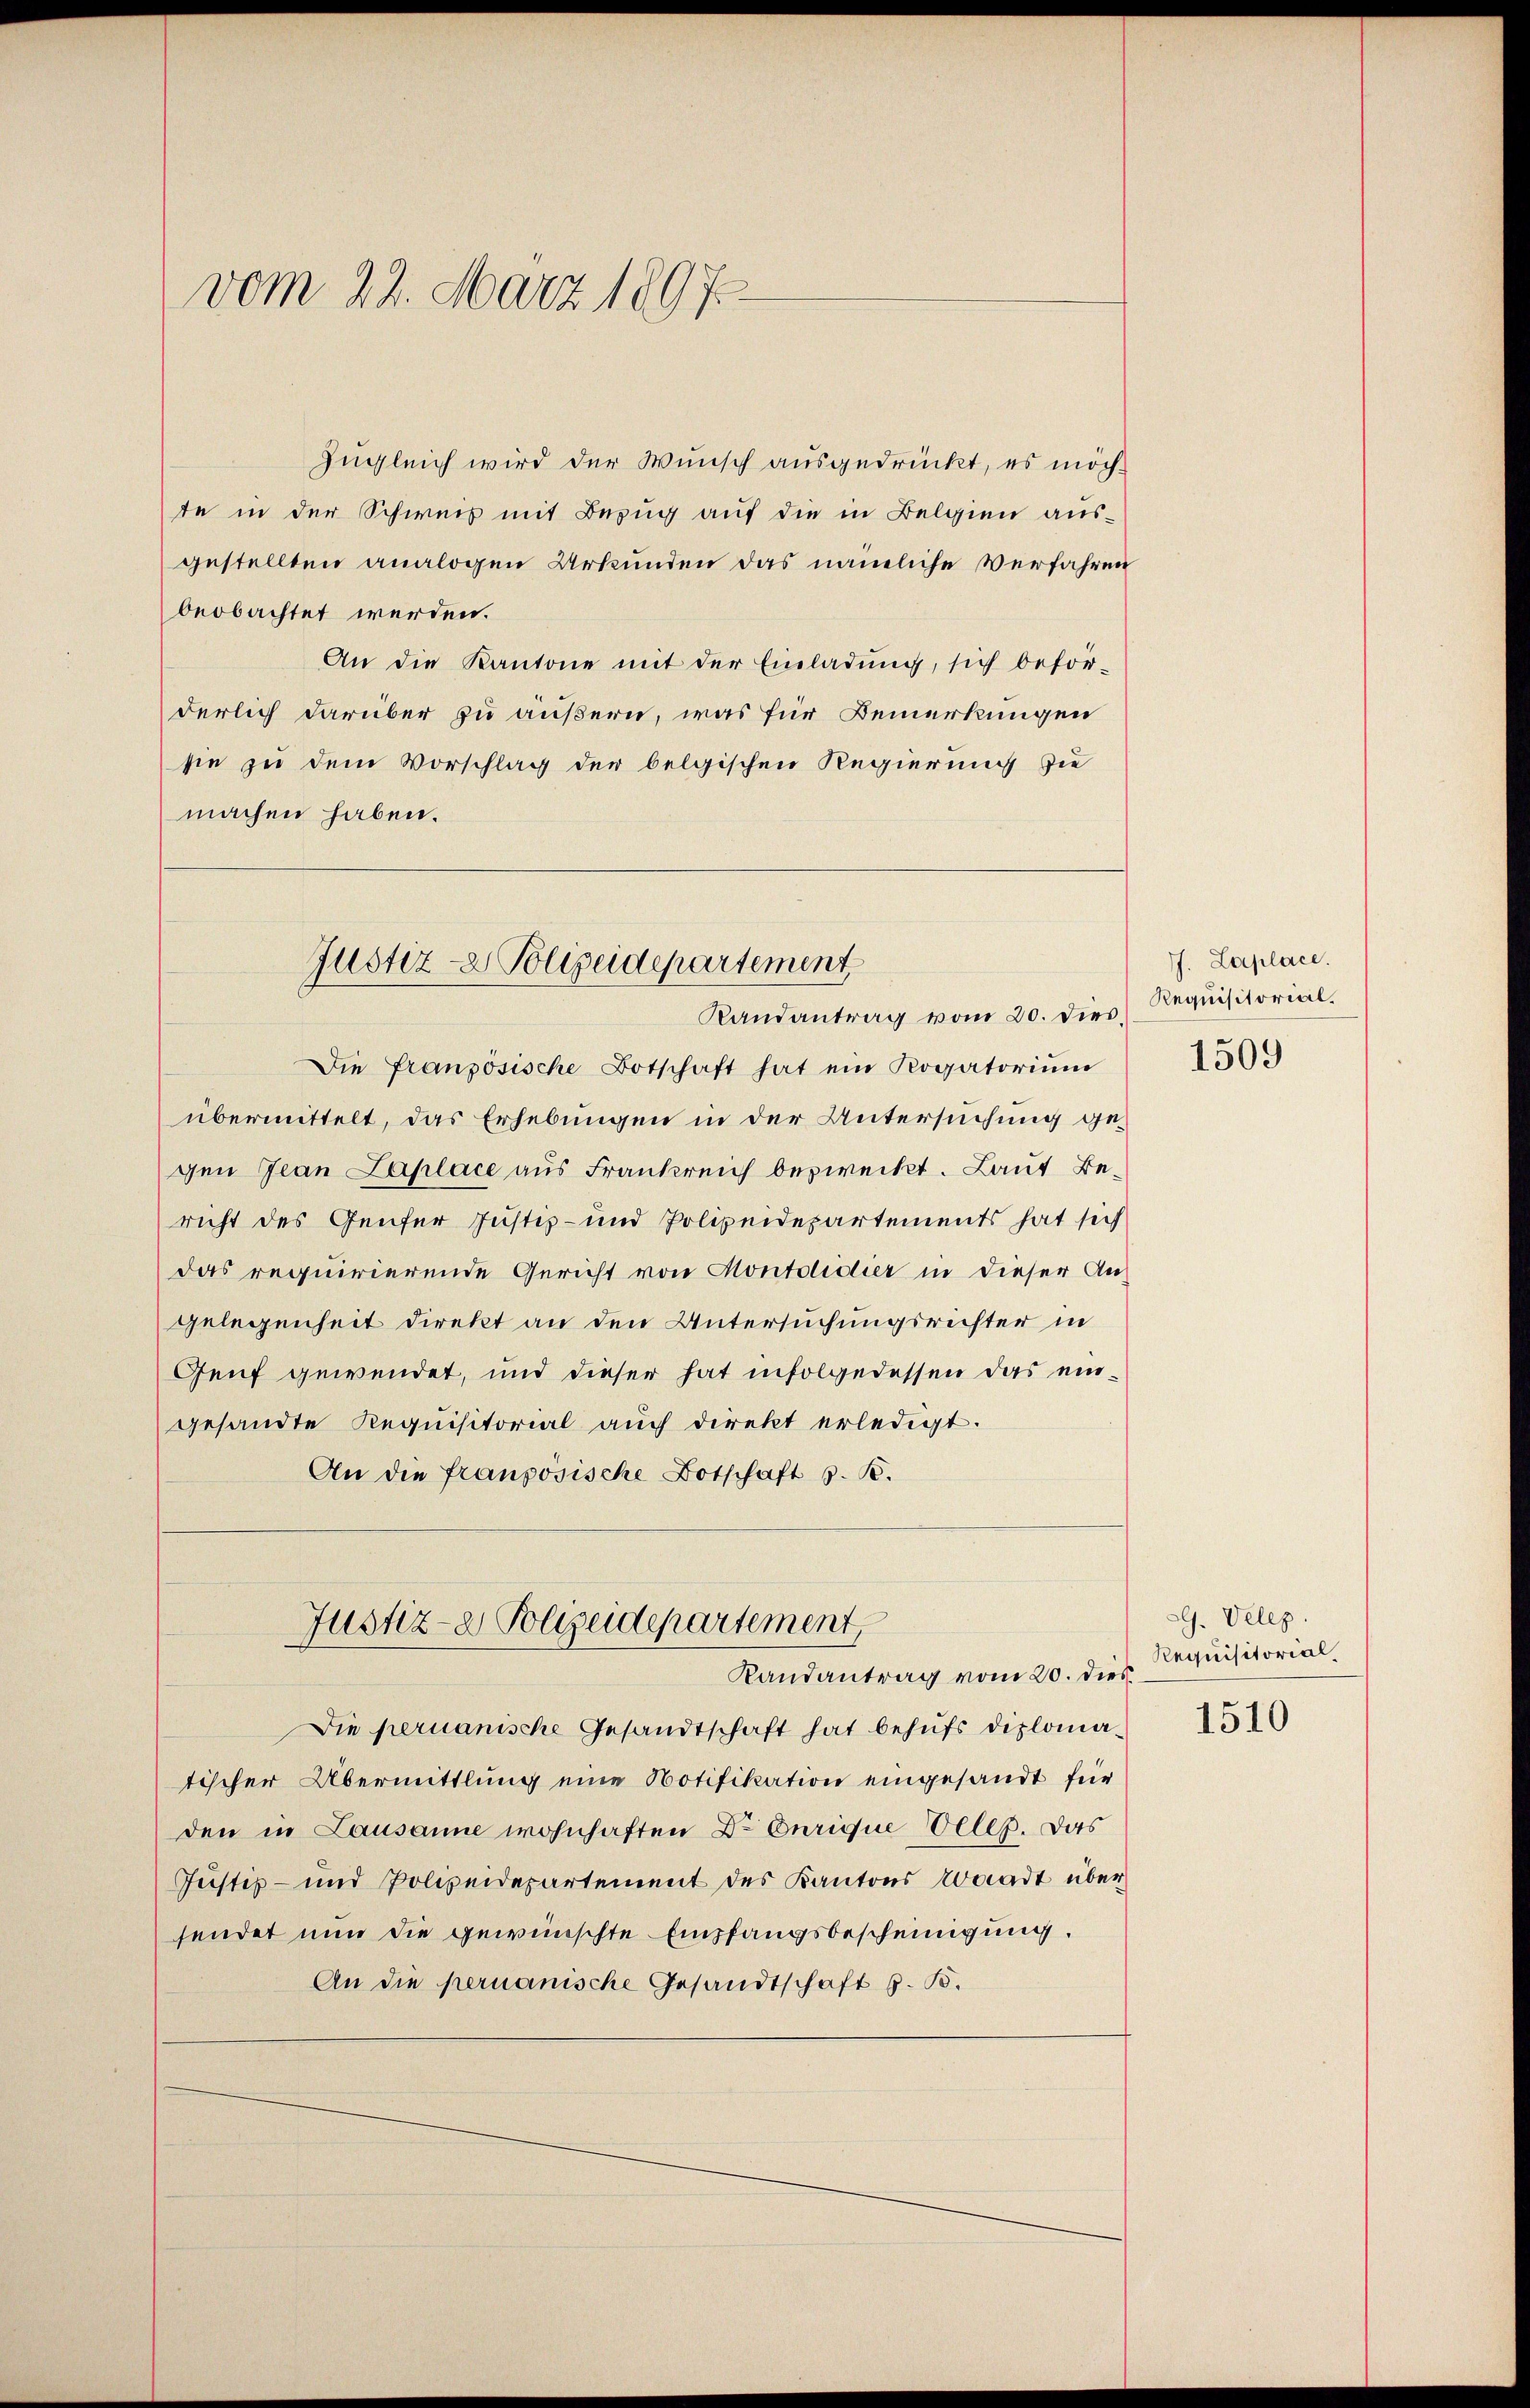
vom 22. März 1897

Zugleich wird der Wunsch ausgedrückt, es möchte in der Schweis mit Bezug auf die in Belgien ausgestellten analogen Urkunden das nämliche Verfahren
beobachtet werden.
An die Kantone mit der Einladung, sich beför-
derlich darüber zu äußern, was für Bemerkungen
sie zu dem Vorschlag der belgischen Regierung die
machen haben.

Justiz- & Polizeidepartement
Randantrag vom 20. dies,

Die französische Botschaft hat ein Rogatoriŭm
übermittelt, das Erhebungen in der Untersuchung gegen Jean Laplace aus Frankreich bezweckt. Laut Bericht des Genfer Justiz- und Polizeidepartements hat sich
das requirierende Gericht von Montdidier in dieser An-
gelegenheit direkt an den Untersuchungsrichter in
Genf gewendet, und dieser hat infolgedessen das eingesandte Requisitorial auch direkt erledigt.
An die französische Botschaft s. B.

Justiz- & Polizeidepartement,
Randantrag vom 20. dies Requisitorial,

Die peruanische Gesandtschaft hat behufs diplomatischer Übermittlung eine Notifikation eingesandt für
den in Lausanne wohnhaften Dr Curique Oeler. Das
Justiz- und Polizeidepartement des Kantons Waadt übersendet nun die gewünschte Empfangsbescheinigung.
An die permanische Gesandtschaft z. B.

J. Laplace.
Requisitorial.
1509

a. Veles.

1510